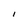
Character: l